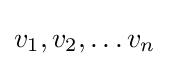
v_{1},v_{2},\dots v_{n}